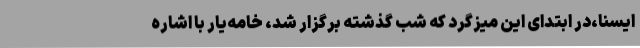
ایسنا،در ابتدای این میزگرد که شب گذشته برگزار شد، خامه‌یار با اشاره